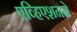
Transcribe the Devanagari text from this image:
एव्हिएशनने